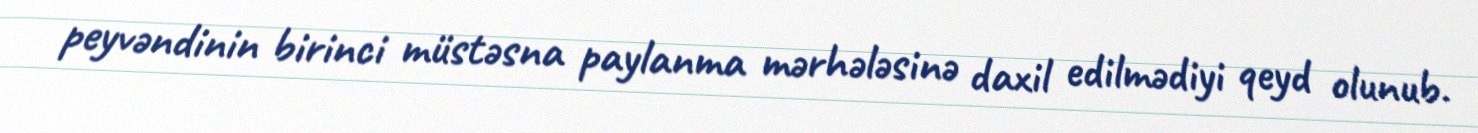
peyvəndinin birinci müstəsna paylanma mərhələsinə daxil edilmədiyi qeyd olunub.